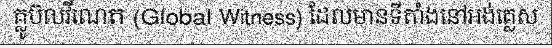
គ្លូប៊លវីណេត (Global Witness) ដែលមានទីតាំងនៅអង់គ្លេស